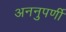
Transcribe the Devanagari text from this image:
अननुपर्णी